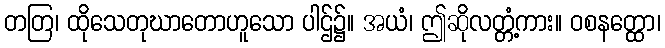
တတြ၊ ထိုသေတုဃာတောဟူသော ပါဌ်၌။ အယံ၊ ဤဆိုလတ္တံ့ကား။ ဝစနတ္ထော၊